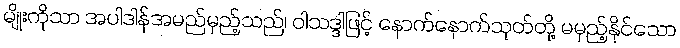
မျိုးကိုသာ အပါဒါန်အမည်မှည့်သည်၊ ဝါသဒ္ဒါဖြင့် နောက်နောက်သုတ်တို့ မမှည့်နိုင်သော